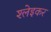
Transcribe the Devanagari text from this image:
श्लेइकर